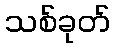
သစ်ခုတ်